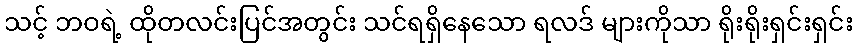
သင့် ဘဝရဲ့ ထိုတလင်းပြင်အတွင်း သင်ရရှိနေသော ရလဒ် များကိုသာ ရိုးရိုးရှင်းရှင်း